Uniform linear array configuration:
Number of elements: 24
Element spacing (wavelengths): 0.5
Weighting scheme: cosine
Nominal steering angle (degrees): -30
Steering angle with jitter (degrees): -30.338
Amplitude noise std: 0.05
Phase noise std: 0.05

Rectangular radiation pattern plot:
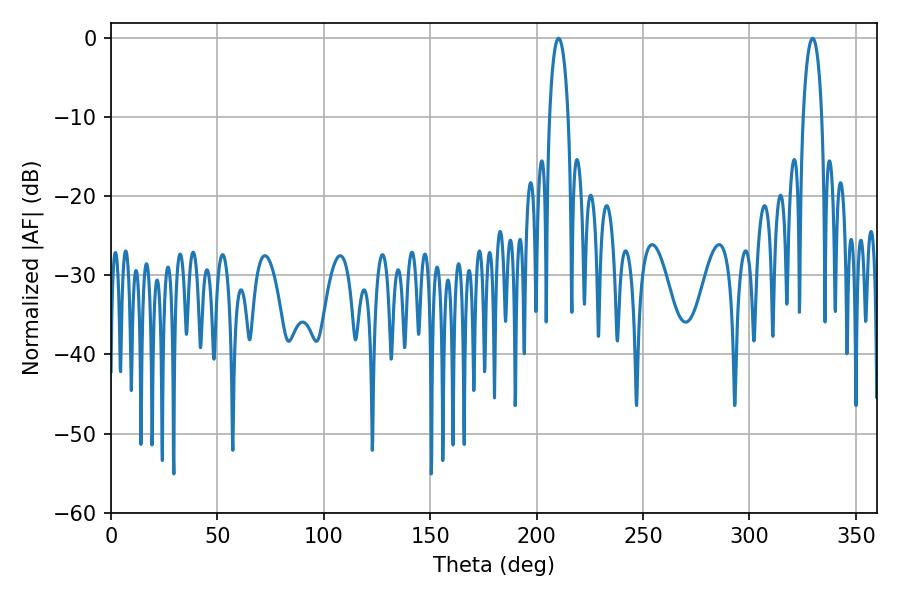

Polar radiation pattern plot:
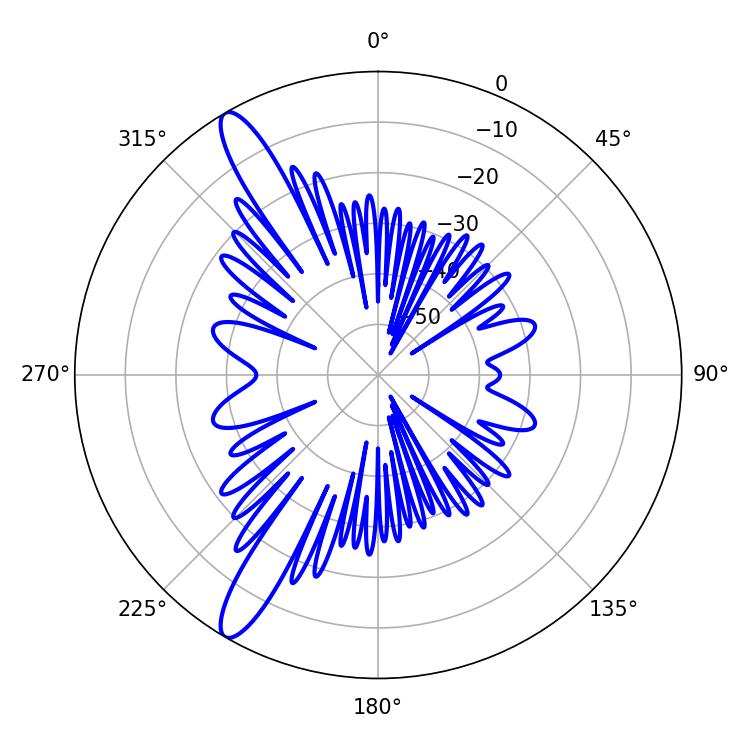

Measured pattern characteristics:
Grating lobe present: FALSE
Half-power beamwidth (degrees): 4.86
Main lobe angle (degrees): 210.24